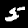
Label: 5